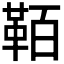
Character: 𩊘